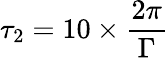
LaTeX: \tau_{2}=10\times\frac{2\pi}{\Gamma}